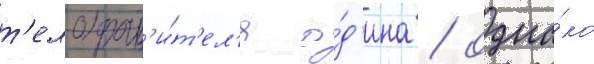
т'елохран'и́т'ел'я о́д'ина / одна́ко